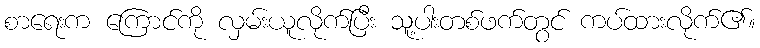
စာရေးက ကြောင်ကို လှမ်းယူလိုက်ပြီး သူ့ပါးတစ်ဖက်တွင် ကပ်ထားလိုက်၏။